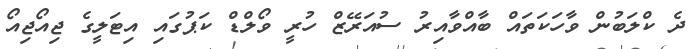
ދެ ކްލަބުން ވާހަކަތައް ބާއްވާއިރު ސުއަރޭޒް ހުރީ ވޯލްޑް ކަޕުގައި އިޓަލީގެ ޖިއޯޖިއޯ